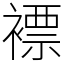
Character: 褾